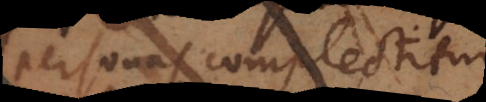
personas complectitur.